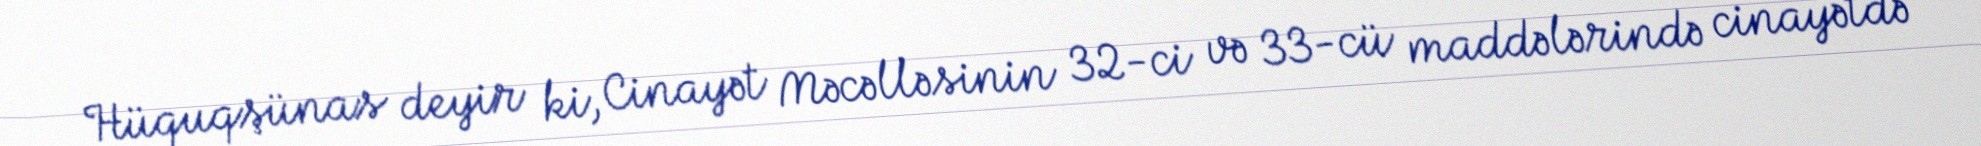
Hüquqşünas deyir ki, Cinayət Məcəlləsinin 32-ci və 33-cü maddələrində cinayətdə